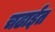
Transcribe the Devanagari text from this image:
चढाईत